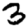
Digit: 3